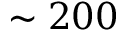
\sim 2 0 0